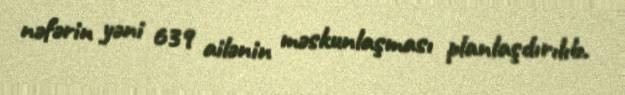
nəfərin yəni 639 ailənin məskunlaşması planlaşdırılıb.